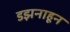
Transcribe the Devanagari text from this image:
डझनाहून